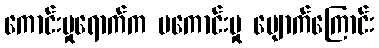
ကောင်းမှုရောက်က မကောင်းမှု ပျောက်ကြောင်း